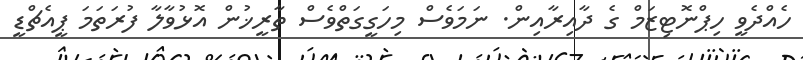
ހެއްދެވީ ހިޕްނޮޓިޒަމް ގެ ދާއިރާއިން. ނަމަވެސް މިހަގީގަތްވެސް ތާރީޚުން އޮޅުވާލާ ފުރަތަމަ ޕީއެޗްޑީ